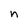
Character: n